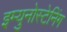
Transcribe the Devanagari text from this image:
इम्युनोस्टेनिंग